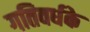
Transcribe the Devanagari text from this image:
गतिवर्धके